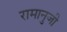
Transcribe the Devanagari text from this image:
रामानुजी